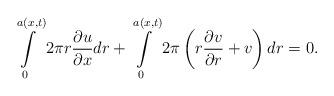
LaTeX: \begin{align*}\intop_{0}^{a\left(x,t\right)}2\pi r\frac{\partial u}{\partial x}dr+\intop_{0}^{a\left(x,t\right)}2\pi\left(r\frac{\partial v}{\partial r}+v\right)dr=0.\end{align*}